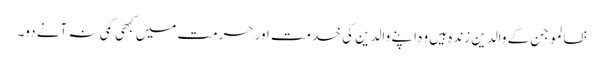
ظالمو جن کے والدین زندہ ہیں وہ اپنے والدین کی خدمت اور حرمت میں کبھی کمی نہ آنے دو۔